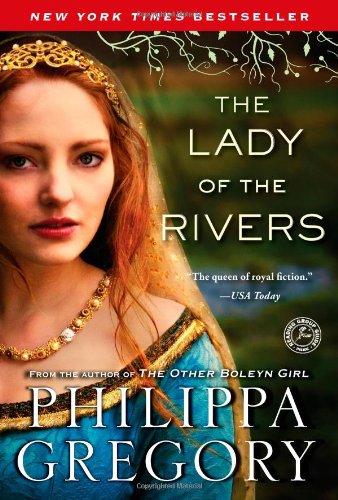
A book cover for The Lady of the Rivers: A Novel (The CousinsEE War); Philippa Gregory; Literature & Fiction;